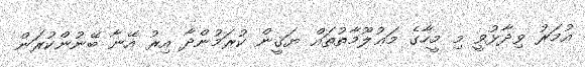
އުމަރު ވިދާޅުވީ މި މީހާގެ މަޢުލޫމާތުތައް ޔަޤީން ކުރަމުންދާ އިރު އޭނާ ބޭނުންކުރަން